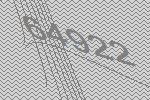
64922